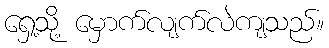
ရှေ့သို့ မှောက်လျက်လဲကျသည်။